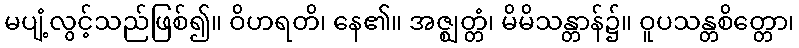
မပျံ့လွင့်သည်ဖြစ်၍။ ဝိဟရတိ၊ နေ၏။ အဇ္ဈတ္တံ၊ မိမိသန္တာန်၌။ ဝူပသန္တစိတ္တော၊